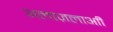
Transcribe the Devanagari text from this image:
अलाज़लाआी